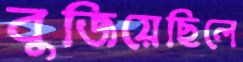
বুজিয়েছিলে